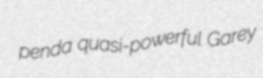
penda quasi-powerful Garey